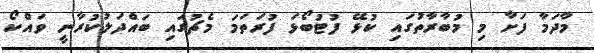
މާދަމާ ފަށާ މި މުބާރާތުގައި ކުޅޭ ފުޓުބޯޅަ ފުރަތަމަ މެޗުގައި ބައްދަލުކުރާނީ ވައްކޯ